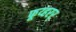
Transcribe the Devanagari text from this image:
फूय्हरर्